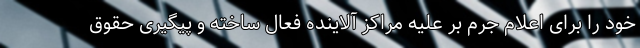
خود را برای اعلام جرم بر علیه مراکز آلاینده فعال ساخته و پیگیری حقوق